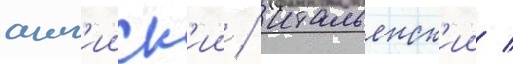
англ'ииск'ии / итальянск'ии /